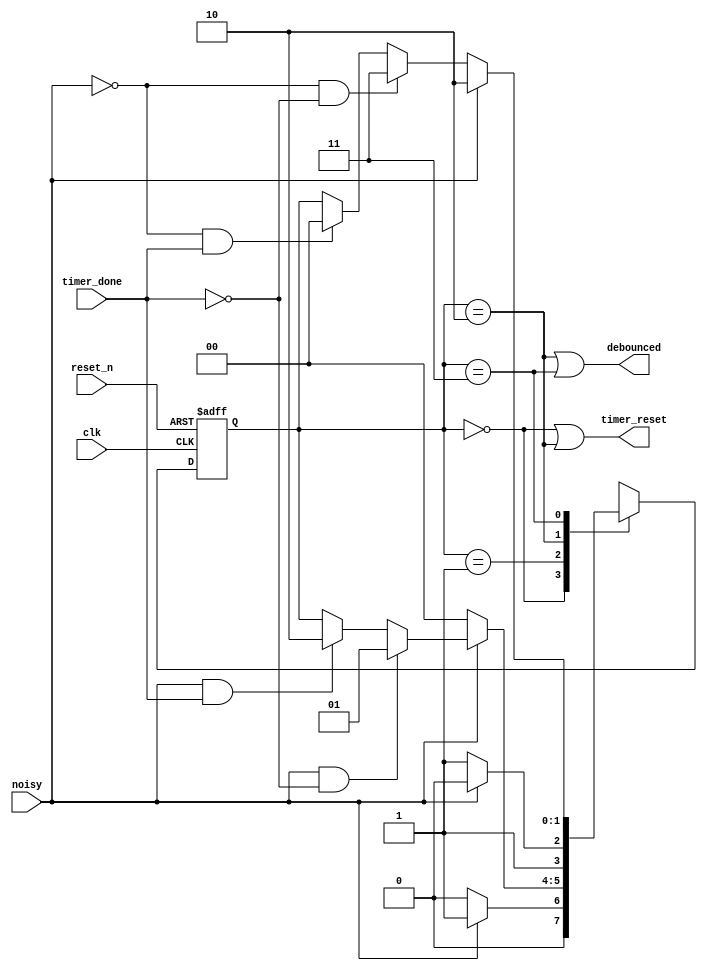
module debouncer_delayed_fsm(
    input clk, reset_n,
    input noisy, timer_done,
    output timer_reset, debounced
    );
    
    reg [1:0] state_reg, state_next;
    parameter s0 = 0, s1 = 1, s2 = 2, s3 = 3;
    
    // Sequential state register
    always @(posedge clk, negedge reset_n)
    begin
        if (~reset_n)
            state_reg <= 0;
        else
            state_reg <= state_next;
    end
    
    // Next state logic
    always @(*)
    begin
        state_next = state_reg;
        case(state_reg)
            s0: if (~noisy)
                    state_next = s0;
                else if (noisy)
                    state_next = s1;
            s1: if (~noisy)
                    state_next = s0;
                else if (noisy & ~timer_done)
                    state_next = s1;
                else if (noisy & timer_done)
                    state_next = s2;
            s2: if (~noisy)
                    state_next = s3;
                else if (noisy)
                    state_next = s2;
            s3: if (noisy)
                    state_next = s2;
                else if (~noisy & ~timer_done)
                    state_next = s3;
                else if (~noisy & timer_done)
                    state_next = s0;
            default: state_next = s0;                                             
        endcase
    end
    
    // output logic
    assign timer_reset = (state_reg == s0) | (state_reg == s2);
    assign debounced = (state_reg == s2) | (state_reg == s3);
    
endmodule